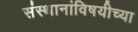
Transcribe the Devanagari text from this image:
संस्थानांविषयीच्या